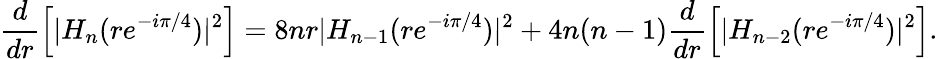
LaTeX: \frac{d}{dr}\Big[|H_{n}(re^{-i\pi/4})|^{2}\Big]=8nr|H_{n-1}(re^{-i\pi/4})|^{2}+4n(n-1)\frac{d}{dr}\Big[|H_{n-2}(re^{-i\pi/4})|^{2}\Big].